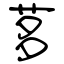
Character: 茤